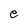
Character: e